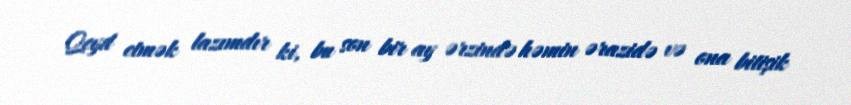
Qeyd etmək lazımdır ki, bu son bir ay ərzində həmin ərazidə və ona bitişik